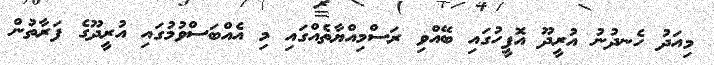
މިއަދު ހެނދުނު އުރީދޫ އޮފީހުގައި ބޭއްވި ރަސްމިއްޔާތެއްގައި މި އެއްބަސްވުމުގައި އުރީދޫގެ ފަރާތުން